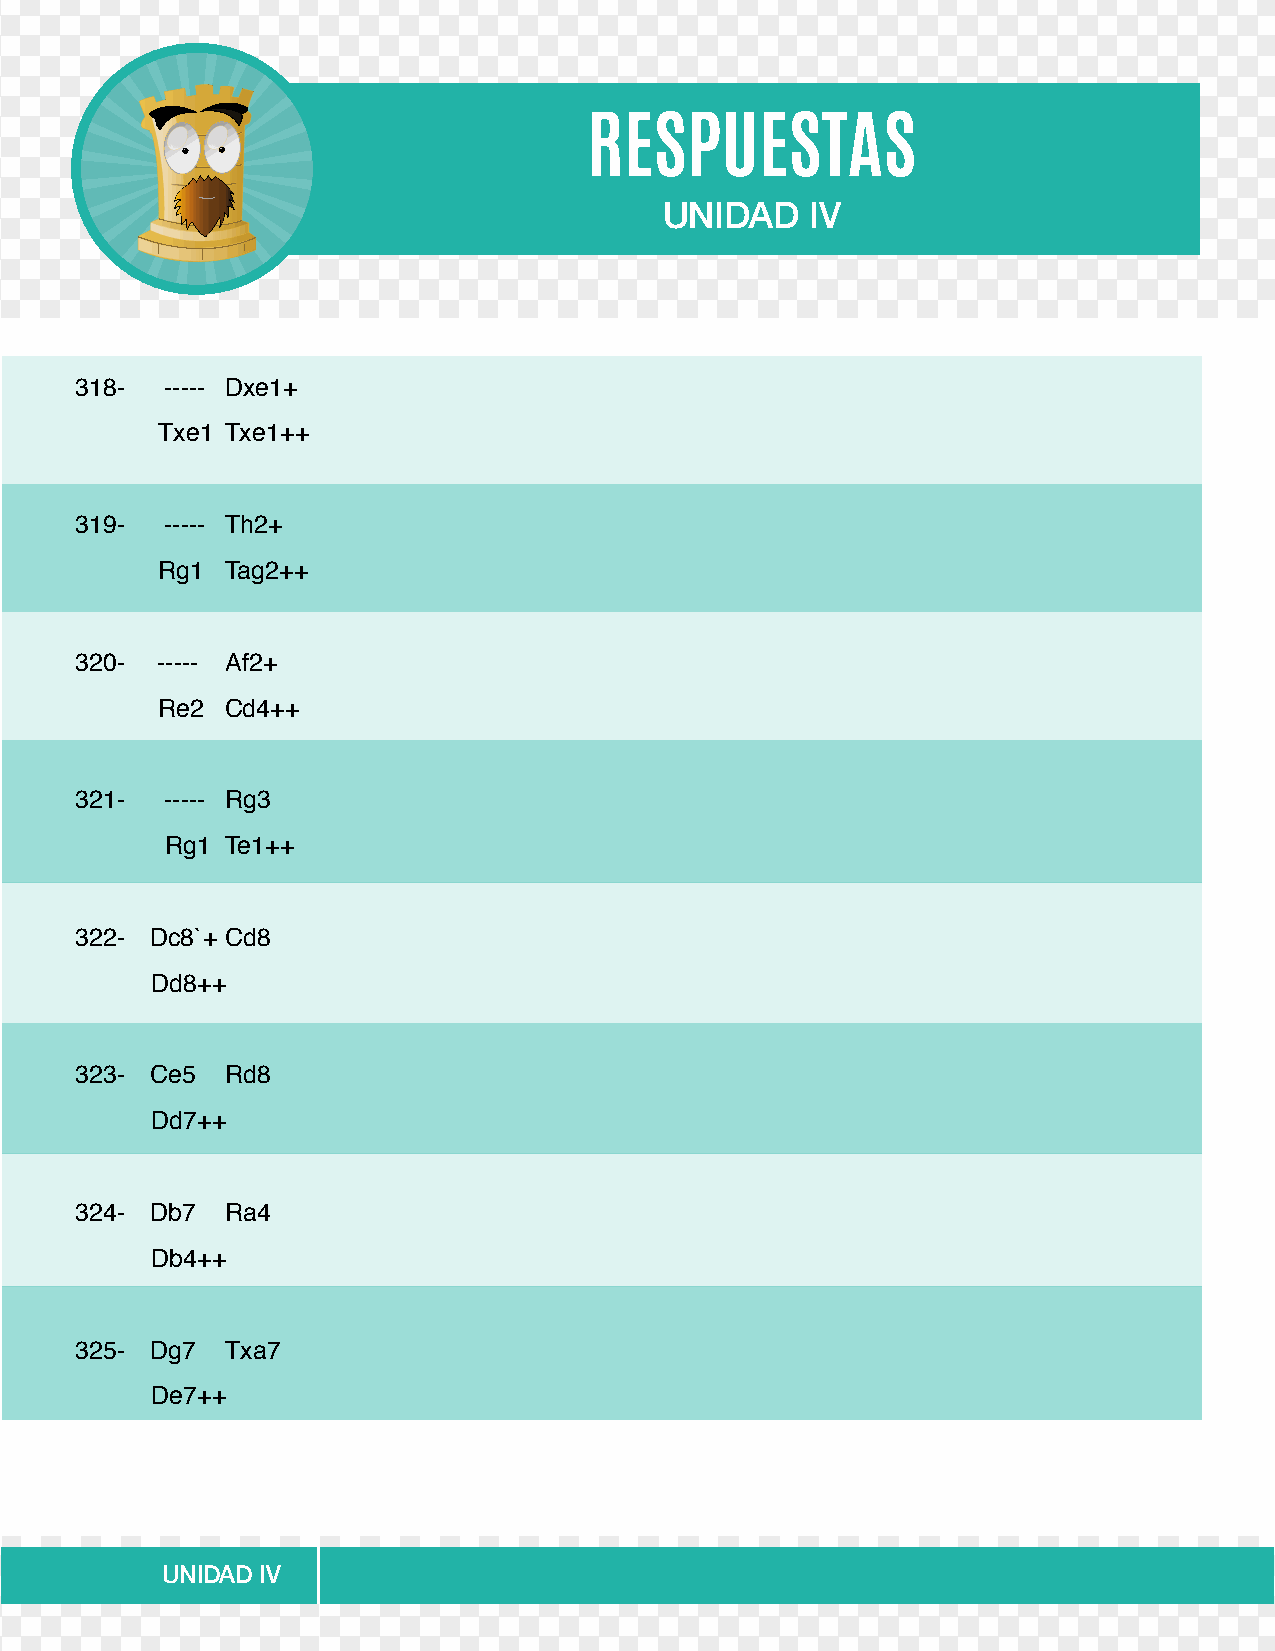
RESPUESTAS
 UNIDAD    IV
 318-  ----- Dxe1+
 Txe1 Txe1++
 319-  ----- Th2+
 Rg1  Tag2++
 320- ----- Af2+
 Re2  Cd4++
 321-  ----- Rg3
 Rg1 Te1++
 322- Dc8`+ Cd8
 Dd8++
 323- Ce5  Rd8
 Dd7++
 324- Db7  Ra4
 Db4++
 325- Dg7  Txa7
 De7++
 UNIDAD IV